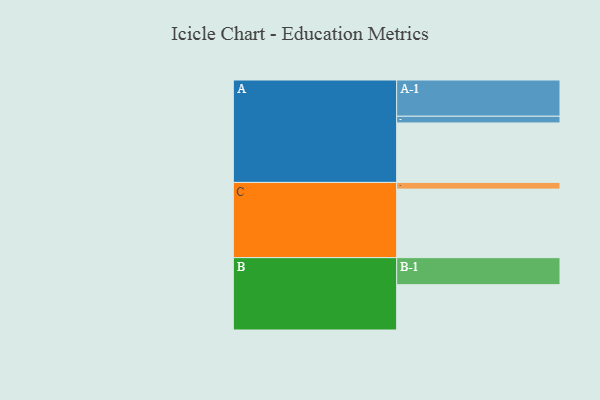
{"axis": {"x": "Segment", "y": "Value"}, "legend": ["", "A", "B", "C"], "data": [{"x": "A", "y": 453, "type": ""}, {"x": "B", "y": 345, "type": ""}, {"x": "C", "y": 522, "type": ""}, {"x": "A-1", "y": 276, "type": "A"}, {"x": "A-2", "y": 51, "type": "A"}, {"x": "B-1", "y": 206, "type": "B"}, {"x": "C-1", "y": 51, "type": "C"}]}